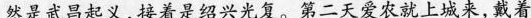
然是武昌起义，接着是绍兴光复。第二天爱农就上城来，戴着